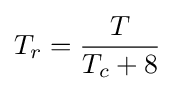
T_{r}={\frac {T}{T_{c}+8}}